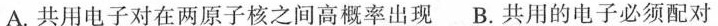
A.共用电子对在两原子核之间高概率出现B.共用的电子必须配对